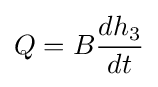
Q=B{\frac {dh_{3}}{dt}}